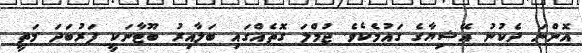
އޮންނަ ދެކުނު އޭޝިޔާގެ ގައުމެކެވެ. ޖުމްލަ ގޮތެއްގައި ބަލާއިރު ބޫޓާނަކީ ފަރުބަދަ މަތީ